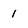
Character: 1